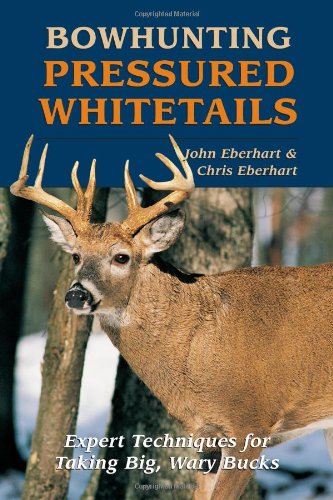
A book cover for Bowhunting Pressured Whitetails: Expert Techniques for Taking Big, Wary Bucks; John Eberhart; Sports & Outdoors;